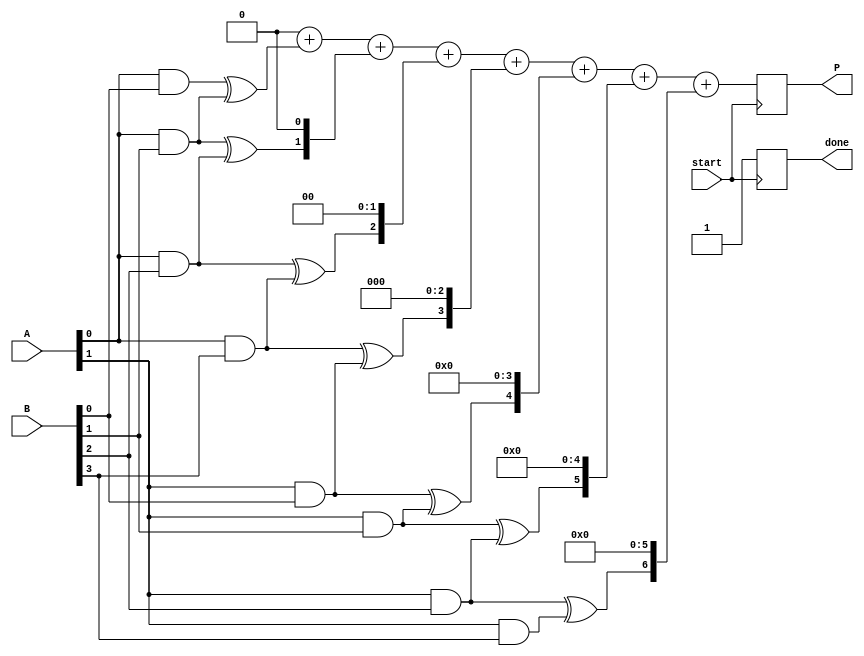
module async_wallace_tree_multiplier #(
    parameter A_WIDTH = 4,  // Width of input A
    parameter B_WIDTH = 4   // Width of input B
)(
    input [A_WIDTH-1:0] A,
    input [B_WIDTH-1:0] B,
    output reg [A_WIDTH + B_WIDTH - 1:0] P,
    input start,
    output reg done
);

    // Generate partial products
    wire [A_WIDTH * B_WIDTH - 1:0] partial_products;
    genvar i, j;
    generate
        for (i = 0; i < A_WIDTH; i = i + 1) begin : pp_gen
            for (j = 0; j < B_WIDTH; j = j + 1) begin : pp_gen_inner
                assign partial_products[i * B_WIDTH + j] = A[i] & B[j];
            end
        end
    endgenerate

    // Internal wires for the Wallace tree
    wire [A_WIDTH * B_WIDTH - 1:0] sum;
    wire [A_WIDTH * B_WIDTH - 1:0] carry;

    // Half Adder
    function [1:0] half_adder(input a, input b);
        half_adder = {a & b, a ^ b};
    endfunction

    // Full Adder
    function [1:0] full_adder(input a, input b, input cin);
        full_adder = {(a & b) | (cin & (a ^ b)), a ^ b ^ cin};
    endfunction

    // Wallace Tree Reduction
    integer level;
    always @(posedge start) begin
        done = 0;
        // Initialize the sum and carry
        for (level = 0; level < A_WIDTH + B_WIDTH - 1; level = level + 1) begin
            // Perform reduction at each level
            // This is a simplified version; actual implementation would require more stages
            // and careful handling of carry propagation.
            if (level < A_WIDTH * B_WIDTH) begin
                {carry[level], sum[level]} = half_adder(partial_products[level], partial_products[level + 1]);
            end
        end

        // Final summation to get the product
        P = 0;
        for (level = 0; level < A_WIDTH + B_WIDTH - 1; level = level + 1) begin
            P = P + (sum[level] << level);
        end

        done = 1; // Indicate completion
    end

endmodule